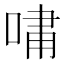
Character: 𫪯